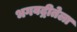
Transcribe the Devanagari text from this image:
भगवद्गीतेला